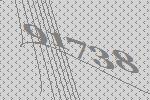
91738